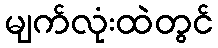
မျက်လုံးထဲတွင်